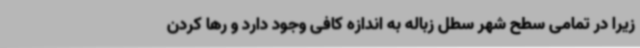
زیرا در تمامی سطح شهر سطل زباله به اندازه کافی وجود دارد و رها کردن